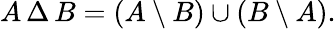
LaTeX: A\, \Delta\, B=(A\setminus B)\cup(B\setminus A).